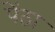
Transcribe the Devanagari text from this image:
पेंठा